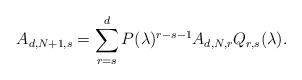
LaTeX: \begin{align*}A_{d,N+1,s}=\sum_{r=s}^d P(\lambda)^{r-s-1}A_{d,N,r}Q_{r,s}(\lambda).\end{align*}